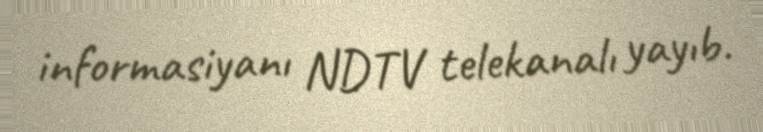
informasiyanı NDTV telekanalı yayıb.